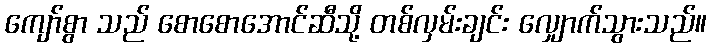
ကျော်စွာ သည် စောစောအောင်ဆီသို့ တစ်လှမ်းချင်း လျှောက်သွားသည်။